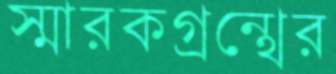
স্মারকগ্রন্থের